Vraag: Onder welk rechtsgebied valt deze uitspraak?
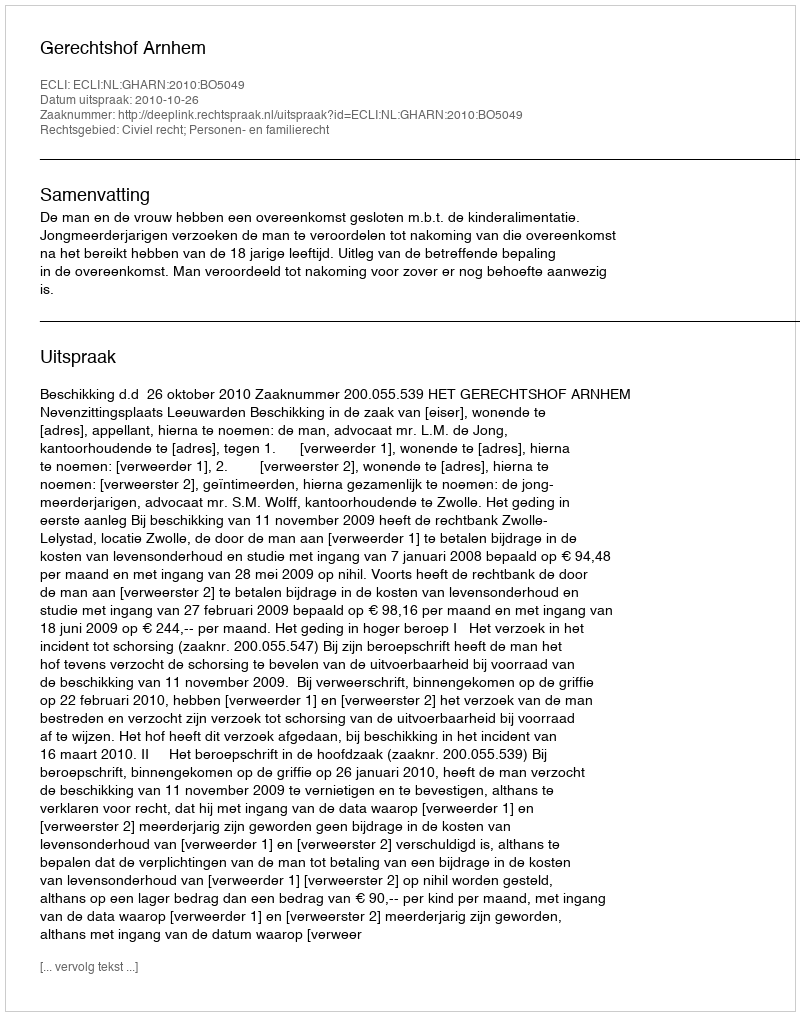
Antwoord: Civiel recht; Personen- en familierecht